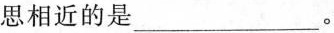
思相近的是___。